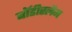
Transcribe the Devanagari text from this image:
बॉडीस्लैम